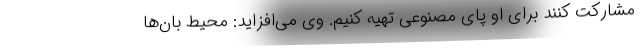
مشارکت کنند برای او پای مصنوعی تهیه کنیم. وی می‌افزاید: محیط بان‌ها